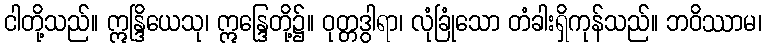
ငါတို့သည်။ ဣန္ဒြိယေသု၊ ဣန္ဒြေတို့၌။ ဝုတ္တဒွါရာ၊ လုံခြုံသော တံခါးရှိကုန်သည်။ ဘဝိဿာမ၊